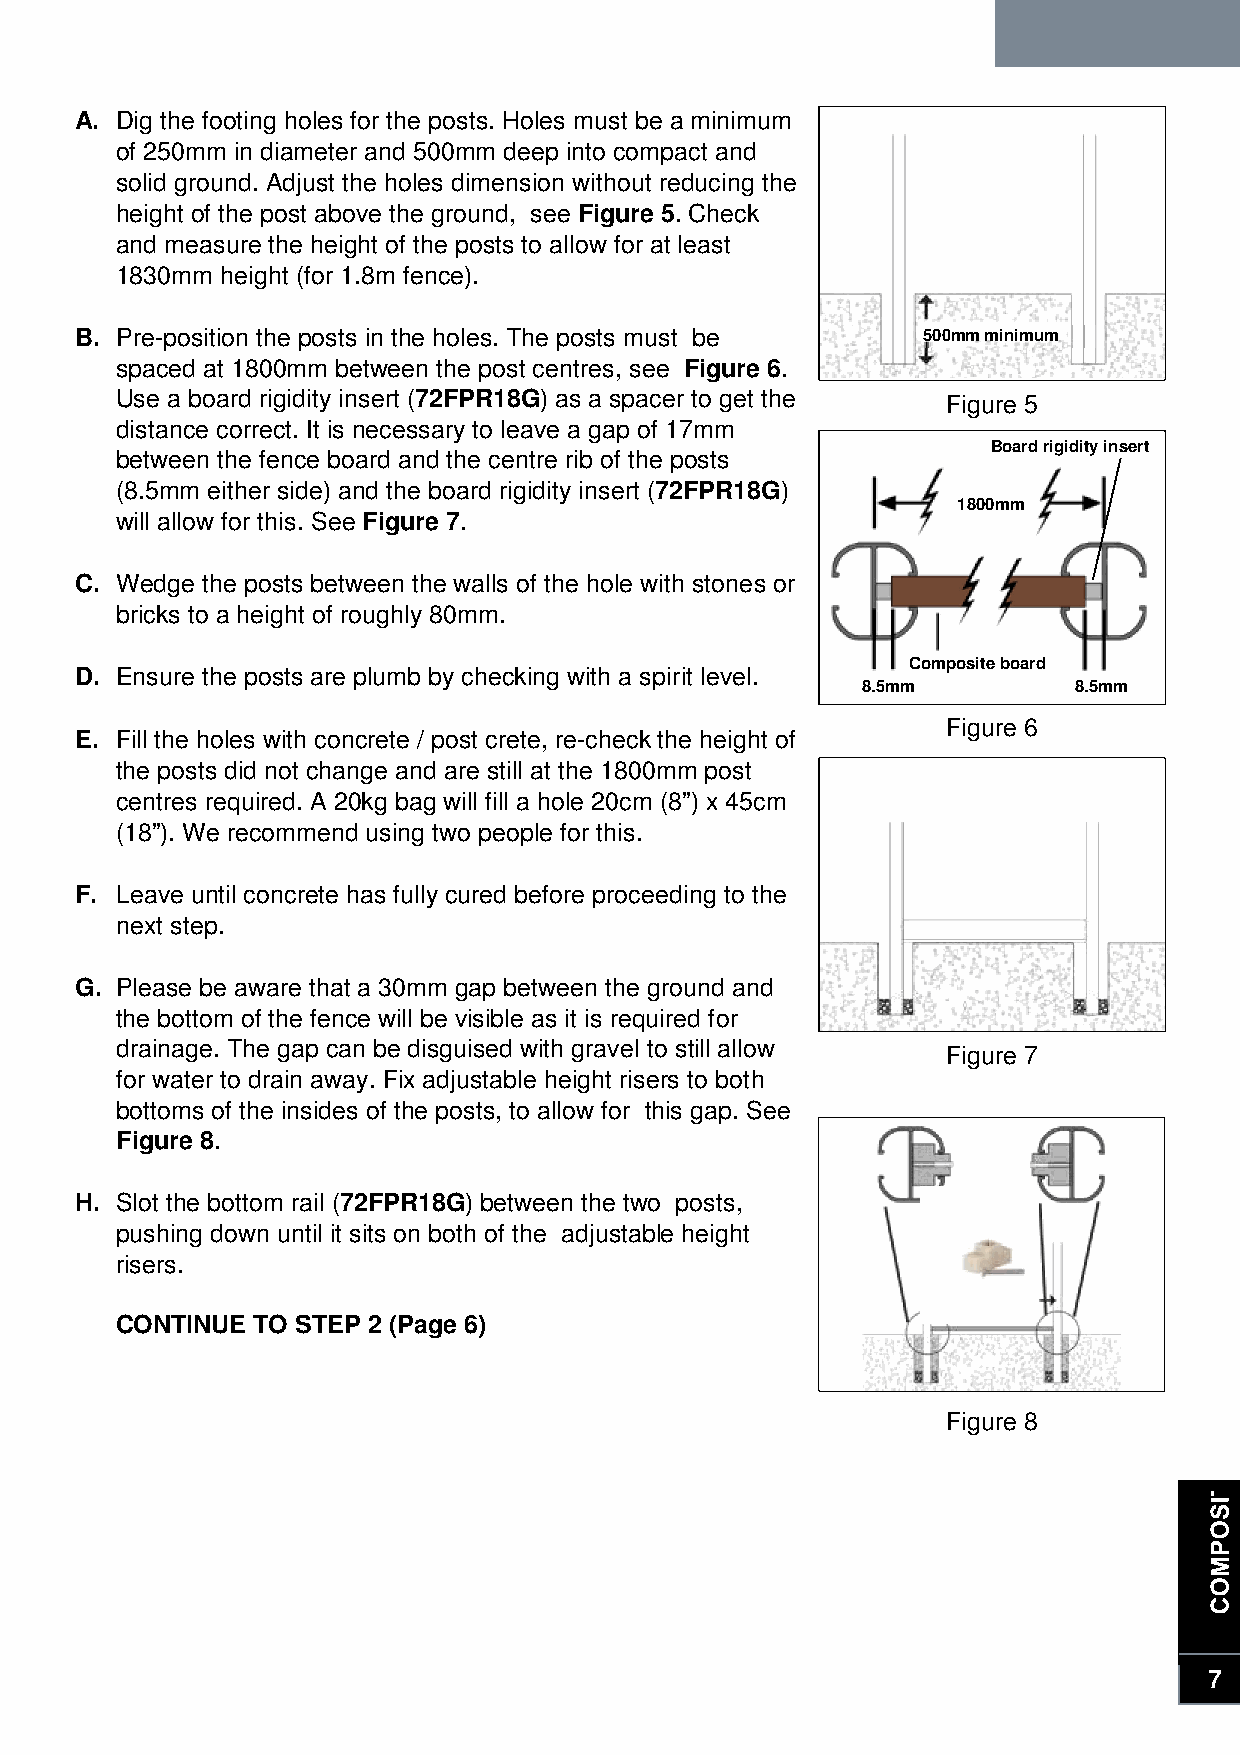
A. Dig the footing holes for the posts. Holes must be a minimum
 of 250mm in diameter and 500mm deep into compact and
 solid ground. Adjust the holes dimension without reducing the
 height of the post above the ground, see Figure 5. Check
 and measure the height of the posts to allow for at least
 1830mm height (for 1.8m fence).
 B. Pre-position the posts in the holes. The posts must be 500mm minimum
 spaced at 1800mm between the post centres, see Figure 6.
 Use a board rigidity insert (72FPR18G) as a spacer to get the Figure 5
 distance correct. It is necessary to leave a gap of 17mm
 Board rigidity insert
 between the fence board and the centre rib of the posts
 (8.5mm either side) and the board rigidity insert (72FPR18G)
 1800mm
 will allow for this. See Figure 7.
 C. Wedge the posts between the walls of the hole with stones or
 bricks to a height of roughly 80mm.
 D. Ensure the posts are plumb by checking with a spirit level.
 C omposite board
 8.5mm         8.5mm
 Figure 6
 E. Fill the holes with concrete / post crete, re-check the height of
 the posts did not change and are still at the 1800mm post
 centres required. A 20kg bag will fill a hole 20cm (8”) x 45cm
 (18”). We recommend using two people for this.
 F. Leave until concrete has fully cured before proceeding to the
 next step.
 G. Please be aware that a 30mm gap between the ground and
 the bottom of the fence will be visible as it is required for
 drainage. The gap can be disguised with gravel to still allow
 Figure 7
 for water to drain away. Fix adjustable height risers to both
 bottoms of the insides of the posts, to allow for this gap. See
 Figure 8.
 H. Slot the bottom rail (72FPR18G) between the two posts,
 pushing down until it sits on both of the adjustable height
 risers.
 1800mm
 CONTINUE TO STEP 2 (Page 6)
 Figure 8
 7